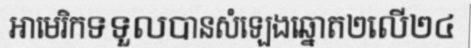
អាមេរិកទទួលបានសំឡេងឆ្នោត២លើ២៤